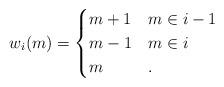
LaTeX: \begin{align*}w_i(m)=\begin{cases}m+1&m\in i-1\\m-1&m\in i\\m&.\end{cases}\end{align*}